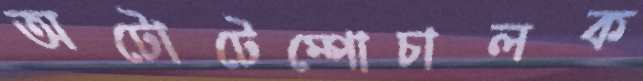
অটোটেম্পোচালক